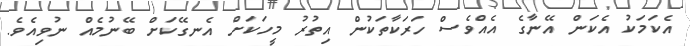
އެކަމަކު އެކަން އޭނާގެ އެއްވެސް ހަރަކާތަކުން އިތުރު މީހަކަށް އެނގޭކަށް ބޭނުމެއް ނުވިއެވެ.